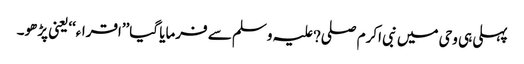
پہلی ہی وحی میں نبی اکرم صلی?علیہ وسلم سے فرمایا گیا’’اقراء‘‘یعنی پڑھو۔